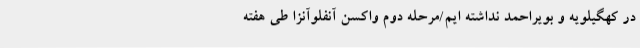
در کهگیلویه و بویراحمد نداشته ایم/مرحله دوم واکسن آنفلوآنزا طی هفته